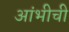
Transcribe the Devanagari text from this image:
आंभीची